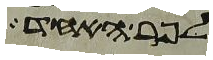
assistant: לפר האחד